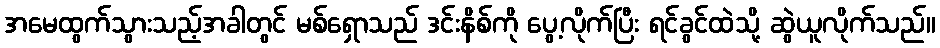
အမေထွက်သွားသည့်အခါတွင် မစ်ရှောသည် ဒင်းနိစ်ကို ပွေ့လိုက်ပြီး ရင်ခွင်ထဲသို့ ဆွဲယူလိုက်သည်။